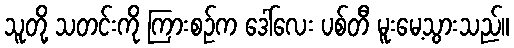
သူတို့ သတင်းကို ကြားစဉ်က ဒေါ်လေး ပစ်တီ မူးမေ့သွားသည်။